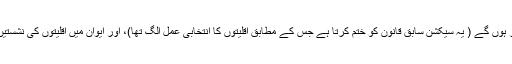
سیکشن 7 میں الیکشن آرڈر کہتا ہے کہ انتخابات مخلوط بنیادوں پر ہوں گے ( یہ سیکشن سابق قانون کو ختم کرتا ہے جس کے مطابق اقلیتوں کا انتخابی عمل الگ تھا)، اور ایوان میں اقلیتوں کی نشستیں پارٹیوں کو ملنے والی نشستوں کے تناسب سے پُر کی جائیں گی۔